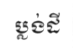
ប្លង់ដី